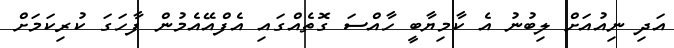
އަދި ނިއުއަށް ލިބުނު އެ ކާމިޔާބީ ހާއްސަ ގޮތެއްގައި އެފްއޭއެމުން ފާހަގަ ކުރިކަމަށް